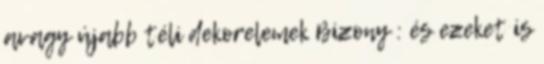
avagy újabb téli dekorelemek Bizony : és ezeket is